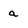
Character: a